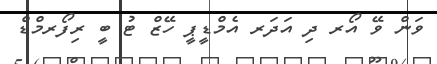
ވަން ވޭ އޯރ ދި އަދަރ އެމްޑީޕީ ހޭޒް ޓު ބީ ރިފޯރމްޑް